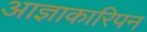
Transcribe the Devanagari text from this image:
आज्ञाकारिपन